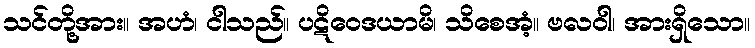
သင်တို့အား။ အဟံ၊ ငါသည်။ ပဋိဝေဒယာမိ၊ သိစေအံ့။ ဗလဝါ၊ အားရှိသော။